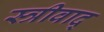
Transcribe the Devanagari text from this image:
स्त्रीवाद्